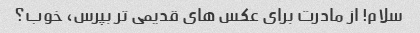
سلام! از مادرت برای عکس های قدیمی تر بپرس، خوب؟